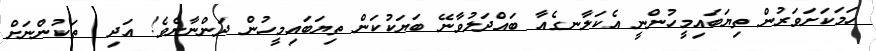
ހަމަކަށަވަރުން ތިޔަބައިމީހުންނީ އެކަލާނގެއާ ބައްދަލުވާނޭ ބަޔަކުކަން ތިޔަބައިމީހުން ދަންނާށެވެ! އަދި  ތަކުންނަށް